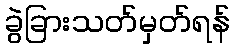
ခွဲခြားသတ်မှတ်ရန်